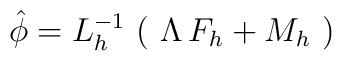
\hat\phi= L_h^{-1}\, \left(\,\,\Lambda\, F_h + M_h \,\, \right)